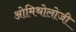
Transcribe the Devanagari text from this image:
ओमिथोलोजी